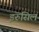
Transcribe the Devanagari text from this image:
इरुसिल